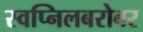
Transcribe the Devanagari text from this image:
स्वप्निलबरोबर